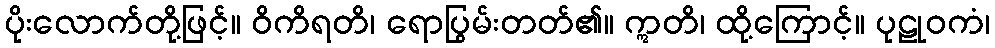
ပိုးလောက်တို့ဖြင့်။ ဝိကိရတိ၊ ရောပြွမ်းတတ်၏။ ဣတိ၊ ထို့ကြောင့်။ ပုဠုဝကံ၊